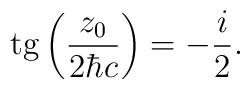
{\rm tg}\left(\frac{z_0}{2{\hbar}c}\right) = - \frac{i}{2}.